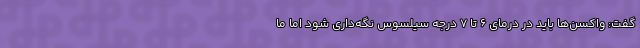
گفت: واکسن‌ها باید در درمای 6 تا 7 درجه سیلسوس نگه‌داری شود اما ما